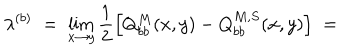
LaTeX: \lambda ^ { ( b ) } \; = \; \lim _ { x \rightarrow y } \frac { 1 } { 2 } \left[ Q _ { b b } ^ { M } ( x , y ) - Q _ { b b } ^ { M , S } ( x , y ) \right] \; =